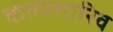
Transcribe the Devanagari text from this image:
कल्पशारिव